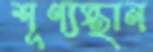
শূণ্যস্থান